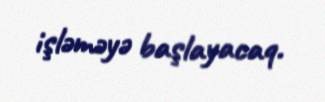
işləməyə başlayacaq.